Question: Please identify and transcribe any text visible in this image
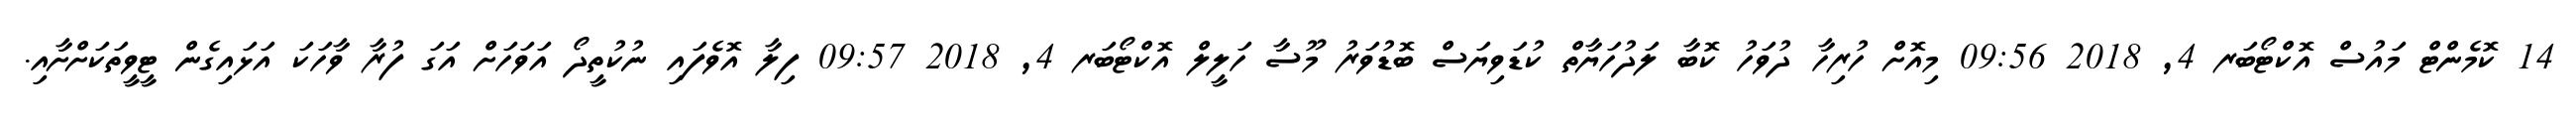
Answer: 14 ކޮމެންޓް މައުސް އޮކްޓޯބަރ 4, 2018 09:56 މިއޮށް ހުރިހާ ދުވަހު ކޮބާ ލަދުހަޔާތް ކުޑަވިޔަސް ބޮޑުވަރު މޫސާ ހަލީލް އޮކްޓޯބަރ 4, 2018 09:57 ފިލާ އޮވެފައި ނުކުތީދޯ އަވަހަށް އަގަ ފުރާ ވާހަކަ އަޅައިގެން ޓީވީތަކަށްށާއި.